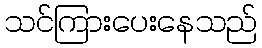
သင်ကြားပေးနေသည်